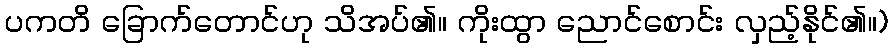
ပကတိ ခြောက်တောင်ဟု သိအပ်၏။ ကိုးထွာ ညောင်စောင်း လှည့်နိုင်၏။)